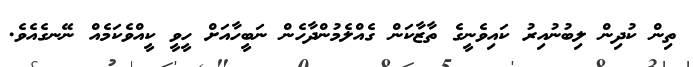
ތިން ކުދިން ލިބުނުއިރު ކައިވެނީގެ ތާޒާކަން ގެއްލެމުންދާހެން ނަބީހާއަށް ހީވީ ކީއްވެކަމެއް ނޭނގެއެވެ.